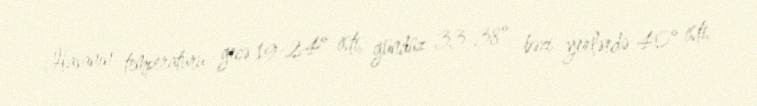
Havanın temperaturu gecə 19-24° isti, gündüz 33-38°, bəzi yerlərdə 40° isti,